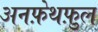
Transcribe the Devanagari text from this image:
अनफ़ेथफ़ुल